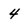
Character: 4